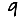
Digit: 9